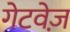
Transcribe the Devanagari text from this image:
गेटवेज़